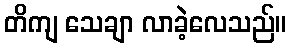
တိကျ သေချာ လာခဲ့လေသည်။